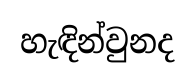
හැඳින්වුනද